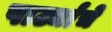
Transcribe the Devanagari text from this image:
पार्ट्यांचे